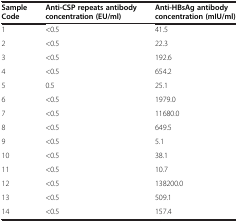
| Sample Code | Anti-CSP repeats antibody concentration (EU/ml) | Anti-HBsAg antibody concentration (mIU/ml) |
 | --- | --- | --- |
 | 1 | <0.5 | 41.5 |
 | 2 | <0.5 | 22.3 |
 | 3 | <0.5 | 192.6 |
 | 4 | <0.5 | 654.2 |
 | 5 | 0.5 | 25.1 |
 | 6 | <0.5 | 1979.0 |
 | 7 | <0.5 | 11680.0 |
 | 8 | <0.5 | 649.5 |
 | 9 | <0.5 | 5.1 |
 | 10 | <0.5 | 38.1 |
 | 11 | <0.5 | 10.7 |
 | 12 | <0.5 | 138200.0 |
 | 13 | <0.5 | 509.1 |
 | 14 | <0.5 | 157.4 |